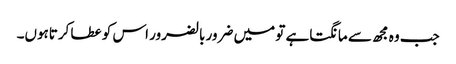
جب وہ مجھ سے مانگتاہے تو میں ضرور بالضرور اس کو عطا کرتاہوں۔